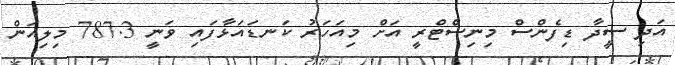
އަދި ސީދާ ޑިފެންސް މިނިސްޓްރީ އަށް މިއަހަރު ކަނޑައަޅާފައި ވަނީ 787.3 މިލިއަން